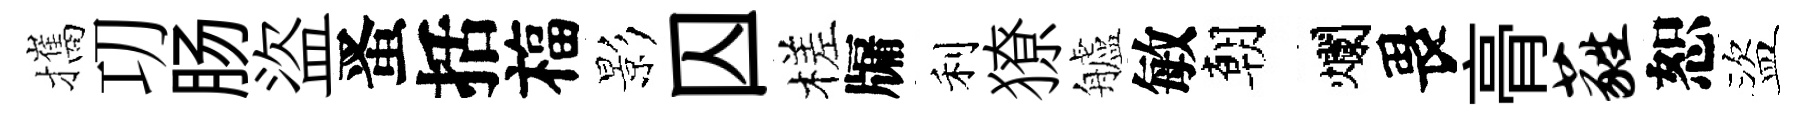
攜㓛肠盜󱉠括福影囚槎牖利獠艫敏朝爛畏𮌔蕤恕盜